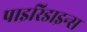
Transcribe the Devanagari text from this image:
पाइरिडाइन्स